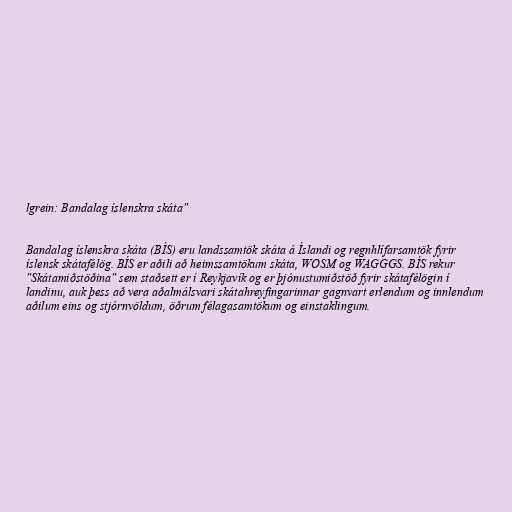
lgrein: Bandalag íslenskra skáta"

Bandalag íslenskra skáta (BÍS) eru landssamtök skáta á Íslandi og regnhlífarsamtök fyrir
íslensk skátafélög. BÍS er aðili að heimssamtökum skáta, WOSM og WAGGGS. BÍS rekur
"Skátamiðstöðina" sem staðsett er í Reykjavík og er þjónustumiðstöð fyrir skátafélögin í
landinu, auk þess að vera aðalmálsvari skátahreyfingarinnar gagnvart erlendum og innlendum
aðilum eins og stjórnvöldum, öðrum félagasamtökum og einstaklingum.